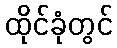
ထိုင်ခုံတွင်